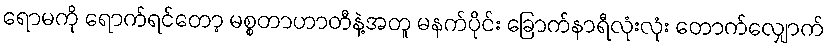
ရောမကို ရောက်ရင်တော့ မစ္စတာဟာတီနဲ့အတူ မနက်ပိုင်း ခြောက်နာရီလုံးလုံး တောက်လျှောက်